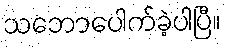
သဘောပေါက်ခဲ့ပါပြီ။